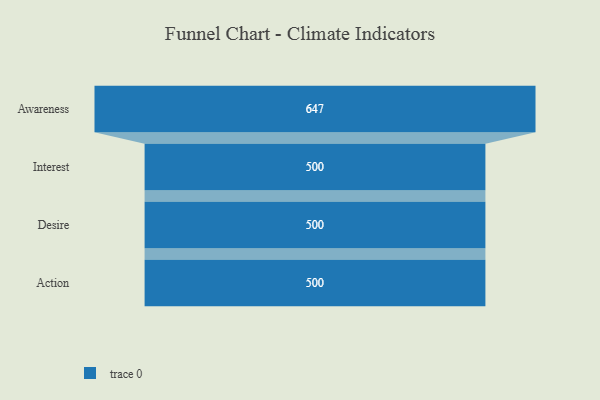
{"axis": {"x": "Stage", "y": "Value"}, "legend": [""], "data": [{"x": "Awareness", "y": 647.0, "type": ""}, {"x": "Interest", "y": 500, "type": ""}, {"x": "Desire", "y": 500, "type": ""}, {"x": "Action", "y": 500, "type": ""}]}